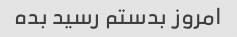
امروز بدستم رسید بده